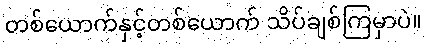
တစ်ယောက်နှင့်တစ်ယောက် သိပ်ချစ်ကြမှာပဲ။